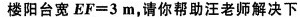
楼阳台宽EF=3m，请你帮助汪老师解决下